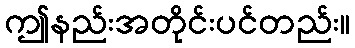
ဤနည်းအတိုင်းပင်တည်း။